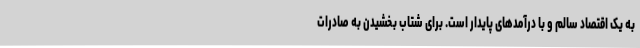
به یک اقتصاد سالم و با درآمدهای پایدار است. برای شتاب بخشیدن به صادرات